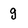
Character: g